Scottish Leaving Certificate Examination, 1960
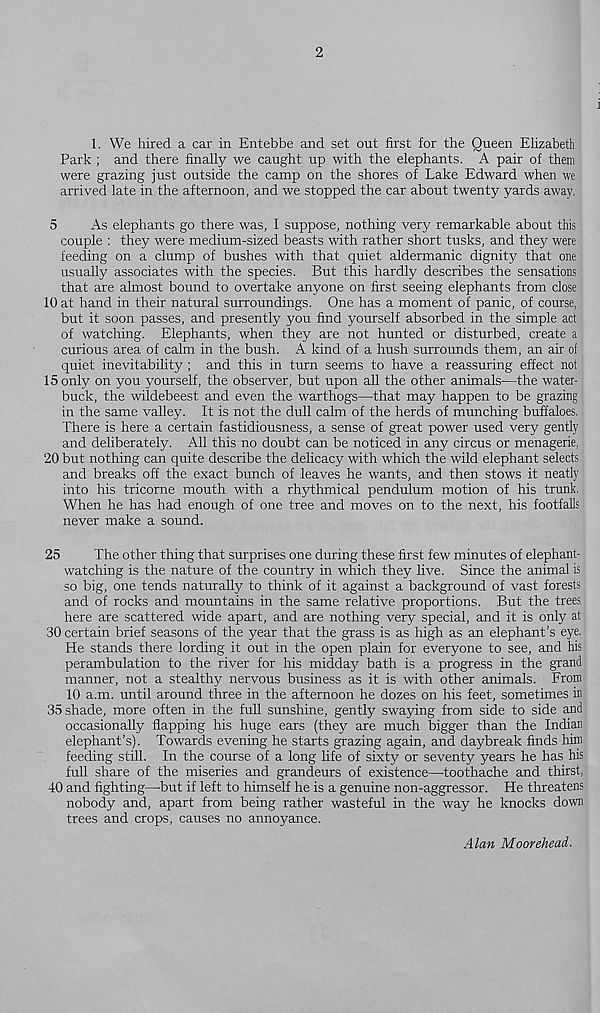
2
1. We hired a car in Entebbe and set out first for the Queen Elizabeth
Park; and there finally we caught up with the elephants. A pair of them
were grazing just outside the camp on the shores of Lake Edward when we
arrived late in the afternoon, and we stopped the car about twenty yards away.
5
As elephants go there was, I suppose, nothing very remarkable about this
couple : they were medium-sized beasts with rather short tusks, and they were
feeding on a clump of bushes with that quiet aldermanic dignity that one
usually associates with the species. But this hardly describes the sensations
that are almost bound to overtake anyone on first seeing elephants from close
10 at hand in their natural surroundings. One has a moment of panic, of course,
but it soon passes, and presently you find yourself absorbed in the simple act
of watching. Elephants, when they are not hunted or disturbed, create a
curious area of calm in the bush. A kind of a hush surrounds them, an air of
quiet inevitability; and this in turn seems to have a reassuring effect not
15 only on you yourself, the observer, but upon all the other animals—the water-
buck, the wildebeest and even the warthogs—that may happen to be grazing
in the same valley. It is not the dull calm of the herds of munching buffaloes,
There is here a certain fastidiousness, a sense of great power used very gently
and deliberately. All this no doubt can be noticed in any circus or menagerie,
20 but nothing can quite describe the delicacy with which the wild elephant selects
and breaks off the exact bunch of leaves he wants, and then stows it neatly
into his tricorne mouth with a rhythmical pendulum motion of his trunk.
When he has had enough of one tree and moves on to the next, his footfalls
never make a sound.
25
The other thing that surprises one during these first few minutes of elephant-
watching is the nature of the country in which they live. Since the animal is
so big, one tends naturally to think of it against a background of vast forests
and of rocks and mountains in the same relative proportions. But the trees
here are scattered wide apart, and are nothing very special, and it is only at
30 certain brief seasons of the year that the grass is as high as an elephant’s eye.
He stands there lording it out in the open plain for everyone to see, and his
perambulation to the river for his midday bath is a progress in the grand
manner, not a stealthy nervous business as it is with other animals. From
10 a.m. until around three in the afternoon he dozes on his feet, sometimes in
35 shade, more often in the full sunshine, gently swaying from side to side and
occasionally flapping his huge ears (they are much bigger than the Indian
elephant’s). Towards evening he starts grazing again, and daybreak finds him
feeding still. In the course of a long life of sixty or seventy years he has his
full share of the miseries and grandeurs of existence—toothache and thirst,
40 and fighting—but if left to himself he is a genuine non-aggressor. He threatens
nobody and, apart from being rather wasteful in the way he knocks down
trees and crops, causes no annoyance.
Alan Moorehead.